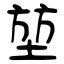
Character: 堃